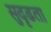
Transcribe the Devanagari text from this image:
सुदृढता